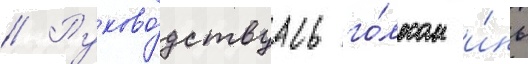
// Руково́дствуась го́лосом и́нь